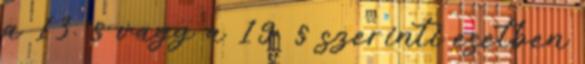
a 13. § vagy a 19. § szerinti esetben